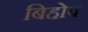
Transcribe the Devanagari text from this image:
बिहोप